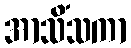
အာသိံသကာ